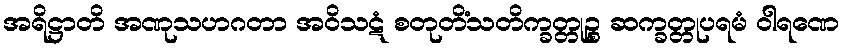
အရိဋ္ဌာတိ အဏုသဟဂတာ အဝိသဋံ စတုတိံသတိက္ခတ္တုဉ္စ ဆက္ခတ္တုပရမံ ဝါရဏေ